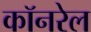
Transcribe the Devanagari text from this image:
कॉनरेल